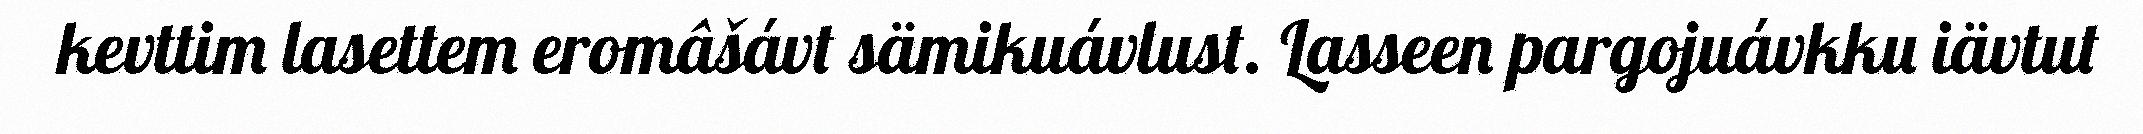
kevttim lasettem eromâšávt sämikuávlust. Lasseen pargojuávkku iävtut